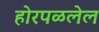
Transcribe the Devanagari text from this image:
होरपळलेल